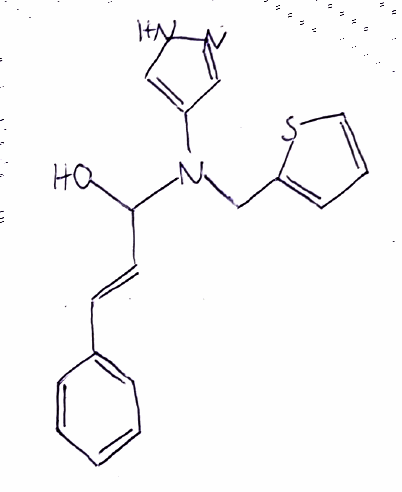
Simplified molecular-input line-entry system (SMILES) notation of the given molecule:
C1=CC=C(C=C1)/C=C/C(N(CC2=CC=CS2)C3=CNN=C3)O